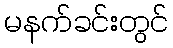
မနက်ခင်းတွင်